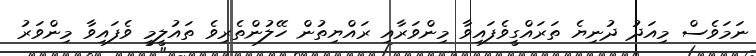
ނަމަވެސް މިއަދު ދުނިޔެ ތަރައްގީވެފައިވާ މިންވަރާއި ރައްޔިތުން ހޭލުންތެރިވެ ތައުލީމީ ވެފައިވާ މިންވަރު